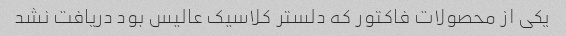
یکی از محصولات فاکتور که دلستر کلاسیک عالیس بود دریافت نشد